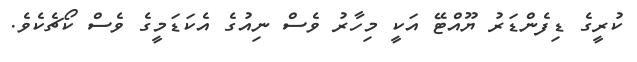
ކުރީގެ ޑިފެންޑަރު ޔޫއްޓޭ އަކީ މިހާރު ވެސް ނިއުގެ އެކަޑަމީގެ ވެސް ކޯޗެކެވެ.